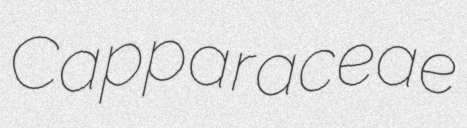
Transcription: Capparaceae